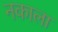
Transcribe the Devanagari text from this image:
नकाला